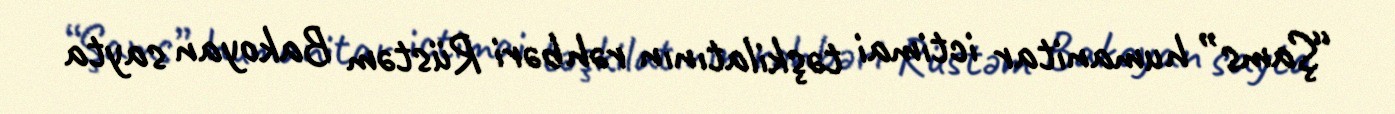
“Şams” humanitar ictimai təşkilatının rəhbəri Rüstəm Bakoyan sayta